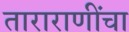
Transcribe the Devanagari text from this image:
ताराराणींचा